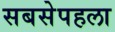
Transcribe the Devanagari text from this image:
सबसेपहला